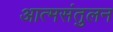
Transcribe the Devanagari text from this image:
आत्मसंतुलन